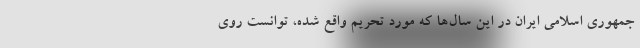
جمهوری اسلامی ایران در این سال‌ها که مورد تحریم واقع شده، توانست روی